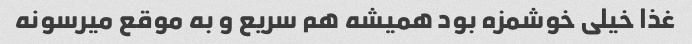
غذا خیلی خوشمزه بود همیشه هم سریع و به موقع میرسونه